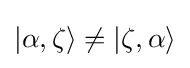
|\alpha ,\zeta \rangle \neq |\zeta ,\alpha \rangle